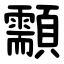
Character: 顬